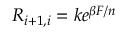
R _ { i + 1 , i } = k e ^ { \beta F / n }